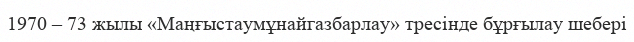
1970 – 73 жылы «Маңғыстаумұнайгазбарлау» тресінде бұрғылау шебері